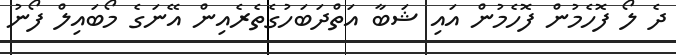
ދެ ލޯ ފޮހެމުން ފޮހެމުން އައި ޝަބާ އަތްދަބަހުގެތެރެއިން އޭނަގެ މޯބައިލް ފޯނު